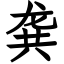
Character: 龚